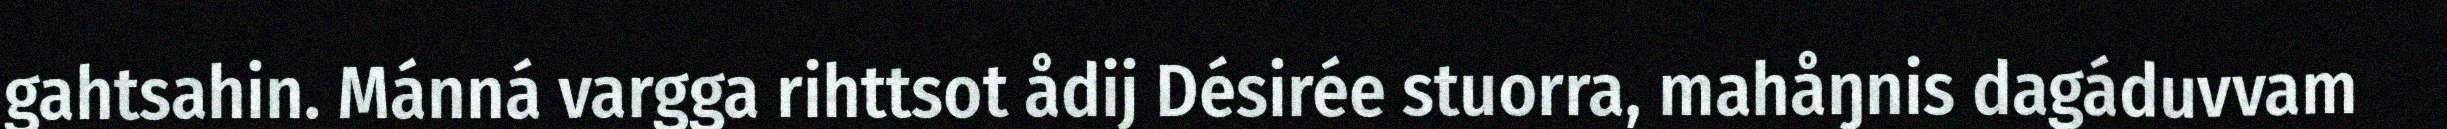
gahtsahin. Mánná vargga rihttsot ådij Désirée stuorra, mahåŋnis dagáduvvam